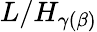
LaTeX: L/H_{\gamma(\beta)}